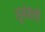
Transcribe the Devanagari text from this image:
लूबंबॅशी